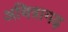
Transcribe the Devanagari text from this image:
अचित्रागढ़